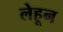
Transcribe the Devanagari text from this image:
लेहून